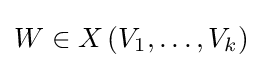
{\textstyle W\in X\left(V_{1},\ldots ,V_{k}\right)}